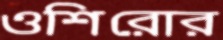
ওশিরোর